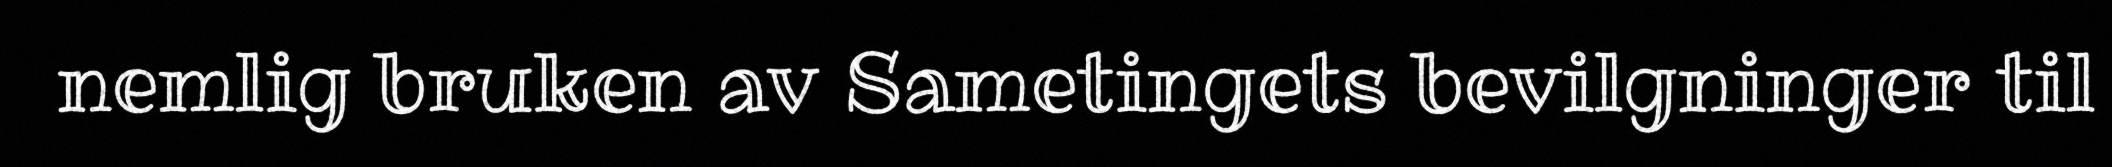
nemlig bruken av Sametingets bevilgninger til